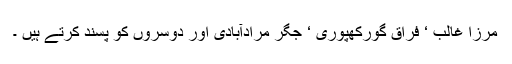
مرزا غالب ‘ فراق گورکھپوری ‘ جگر مرادآبادی اور دوسروں کو پسند کرتے ہیں ۔